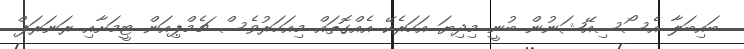
ބައިބަލާ އެސޯސިއޭޝަނުން ބުނީ މިދިޔަ އަހަރެކޭ އެއްގޮތައް މިއަހަރުވެސް ޗެމްޕިއަން ޓީމަށާއި ރަނަރަޕް